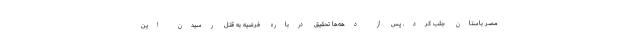
مصر باستان جلب کرد. پس از دهه‌ها تحقیق درباره فرضیه به قتل رسیدن این